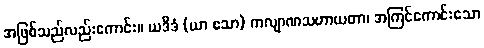
အဖြစ်သည်လည်းကောင်း။ ယဒိဒံ (ယာ ဧသာ) ကလျာဏသဟာယတာ၊ အကြင်ကောင်းသော